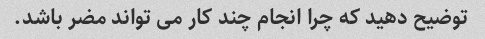
توضیح دهید که چرا انجام چند کار می تواند مضر باشد.